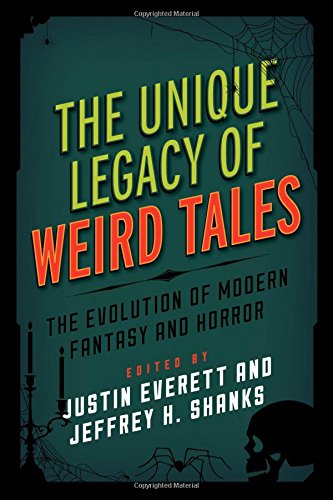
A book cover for The Unique Legacy of Weird Tales: The Evolution of Modern Fantasy and Horror (Studies in Supernatural Literature); Science Fiction & Fantasy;